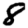
Digit: 8